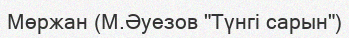
Мөржан (М.Әуезов "Түнгі сарын")